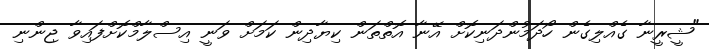
"ޝީރީނާ ގެއްލިގެން ހޯދަމުންދަނިކޮށް އޭނާ އޮތްތަން ކިޔާދިން ކަމަށް ވަނީ އިސްލާމްކޮށްފައިވާ ޖިންނި